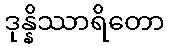
ဒုန္နိဿာရိတော